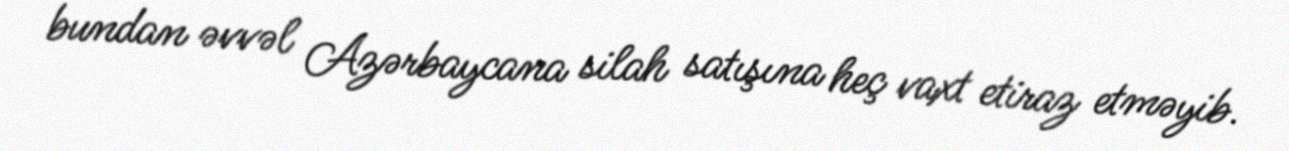
bundan əvvəl Azərbaycana silah satışına heç vaxt etiraz etməyib.